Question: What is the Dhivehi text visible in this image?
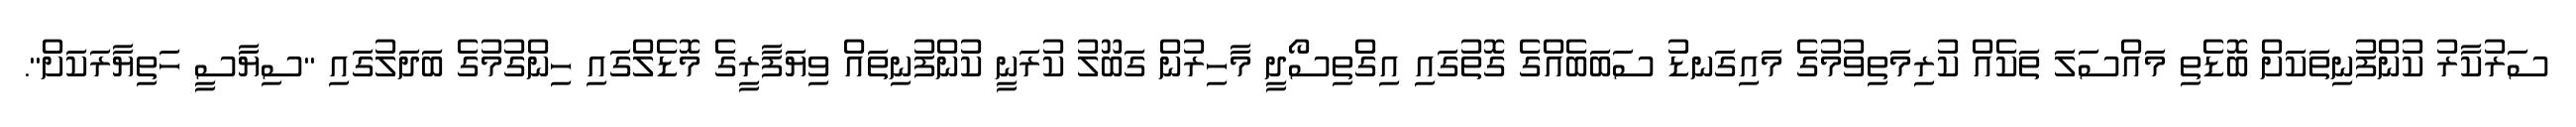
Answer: ސަރުކާރު ކުންފުނިތަކަށް ބޮޑެތި މައްސަލަ ތަކެއް ކުރިމަތިވުމުގެ މައިގަނޑު ސަބަބެއްގެ ގޮތުގައި އިގްތިސޯދީ މާހިރުން ގަބޫލު ކުރަނީ ކުންފުނިތައް ވިޔަފާރީގެ މޮޑެލްގައި ހިންގުމުގެ ބަދަލުގައި "ސިޔާސީ ހަތިޔާރަކަށް".